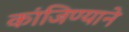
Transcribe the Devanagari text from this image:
कांजिण्याने